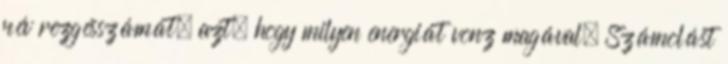
név rezgésszámát, azt, hogy milyen energiát vonz magával. Számolást